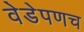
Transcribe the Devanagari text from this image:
वेडेपणच